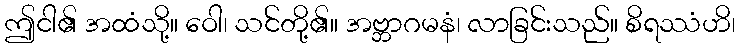
ဤငါ၏ အထံသို့။ ဝေါ၊ သင်တို့၏။ အဗ္ဘာဂမနံ၊ လာခြင်းသည်။ စိရဿံဟိ၊